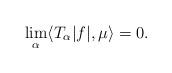
LaTeX: \begin{align*}\lim_{\alpha} \langle T_\alpha |f|,\mu \rangle = 0.\end{align*}